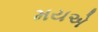
મયએ